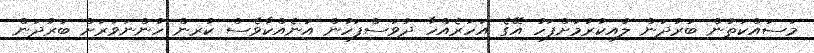
މަސައްކަތުން ބަރުދަން ލުއިކުރުމަށްފަހު އޭގެ އަހަރެއްހާ ދުވަސްފަހުން އަނެއްކާވެސް ކުރިން ހުންނަވަރަށް ބަރުދަން